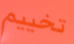
تخييم